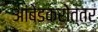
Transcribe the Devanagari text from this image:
आंबेडकरोत्तर